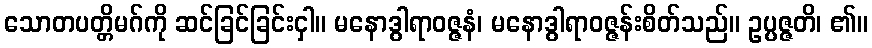
သောတပတ္တိမဂ်ကို ဆင်ခြင်ခြင်းငှါ။ မနောဒွါရာဝဇ္ဇနံ၊ မနောဒွါရာဝဇ္ဇန်းစိတ်သည်။ ဥပ္ပဇ္ဇတိ၊ ၏။